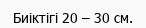
Биіктігі 20 – 30 см.